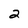
Character: 2